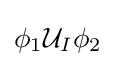
\phi _{1}{\mathcal {U}}_{I}\phi _{2}